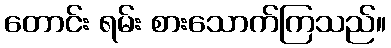
တောင်း ရမ်း စားသောက်ကြသည်။